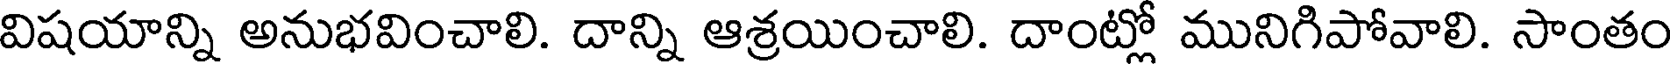
విషయాన్ని అనుభవించాలి. దాన్ని ఆశ్రయించాలి. దాంట్లో మునిగిపోవాలి. సాంతం